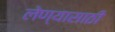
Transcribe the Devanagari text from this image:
लेण्यासाठी